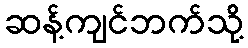
ဆန့်ကျင်ဘက်သို့